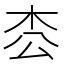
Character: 枩